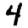
Digit: 4